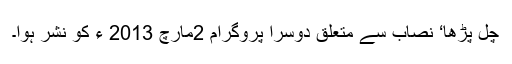
چل پڑھا‘ نصاب سے متعلق دوسرا پروگرام 2مارچ 2013 ء کو نشر ہوا۔